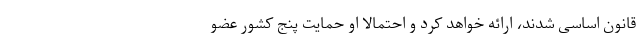
قانون اساسی شدند، ارائه خواهد کرد و احتمالا او حمایت پنج کشور عضو